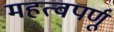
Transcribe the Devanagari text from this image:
महत्वपर्णू